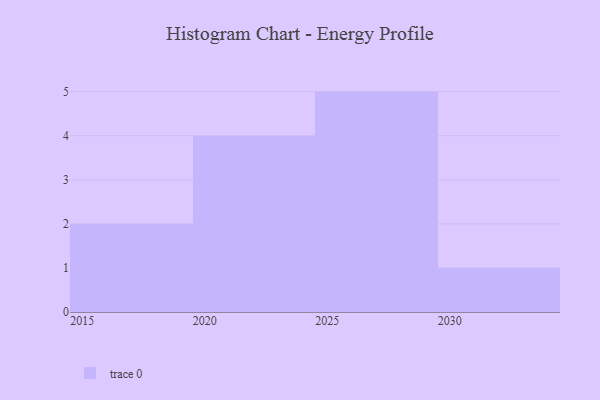
{"axis": {"x": "Year", "y": "Production Output"}, "legend": [""], "data": [{"x": "2021", "y": 20, "type": ""}, {"x": "2029", "y": 29, "type": ""}, {"x": "2028", "y": 51, "type": ""}, {"x": "2022", "y": 93, "type": ""}, {"x": "2019", "y": 32, "type": ""}, {"x": "2030", "y": 96, "type": ""}, {"x": "2024", "y": 36, "type": ""}, {"x": "2020", "y": 90, "type": ""}, {"x": "2026", "y": 34, "type": ""}, {"x": "2027", "y": 1, "type": ""}, {"x": "2025", "y": 31, "type": ""}, {"x": "2015", "y": 15, "type": ""}]}